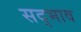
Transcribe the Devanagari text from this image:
सद्‍भाव